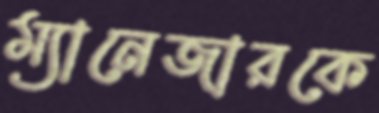
ম্যানেজারকে